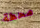
محطة